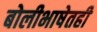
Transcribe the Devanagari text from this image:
बोलीभाषेतही